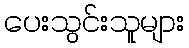
ပေးသွင်းသူများ